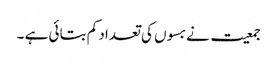
جمعیت نے بسوں کی تعداد کم بتائی ہے ۔